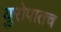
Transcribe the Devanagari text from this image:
युरोपातच